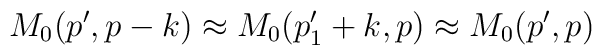
M_{0}(p',p-k) \approx M_{0}(p'_{1}+k,p) \approx M_{0}(p',p)